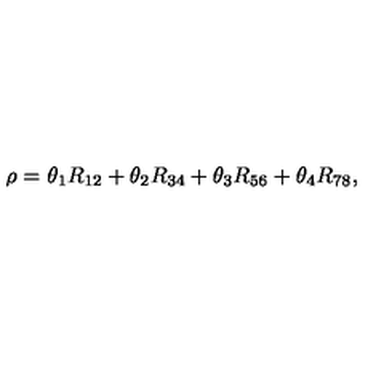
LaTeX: \rho = \theta _ { 1 } R _ { 1 2 } + \theta _ { 2 } R _ { 3 4 } + \theta _ { 3 } R _ { 5 6 } + \theta _ { 4 } R _ { 7 8 } ,